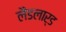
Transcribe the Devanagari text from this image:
लैंडलार्ड